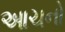
આચનો